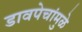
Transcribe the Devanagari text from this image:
डावपेचांमुळे